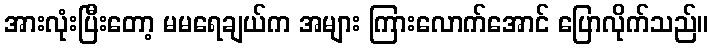
အားလုံးပြီးတော့ မမရေချယ်က အများ ကြားလောက်အောင် ပြောလိုက်သည်။